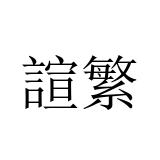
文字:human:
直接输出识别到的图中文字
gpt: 諠繁